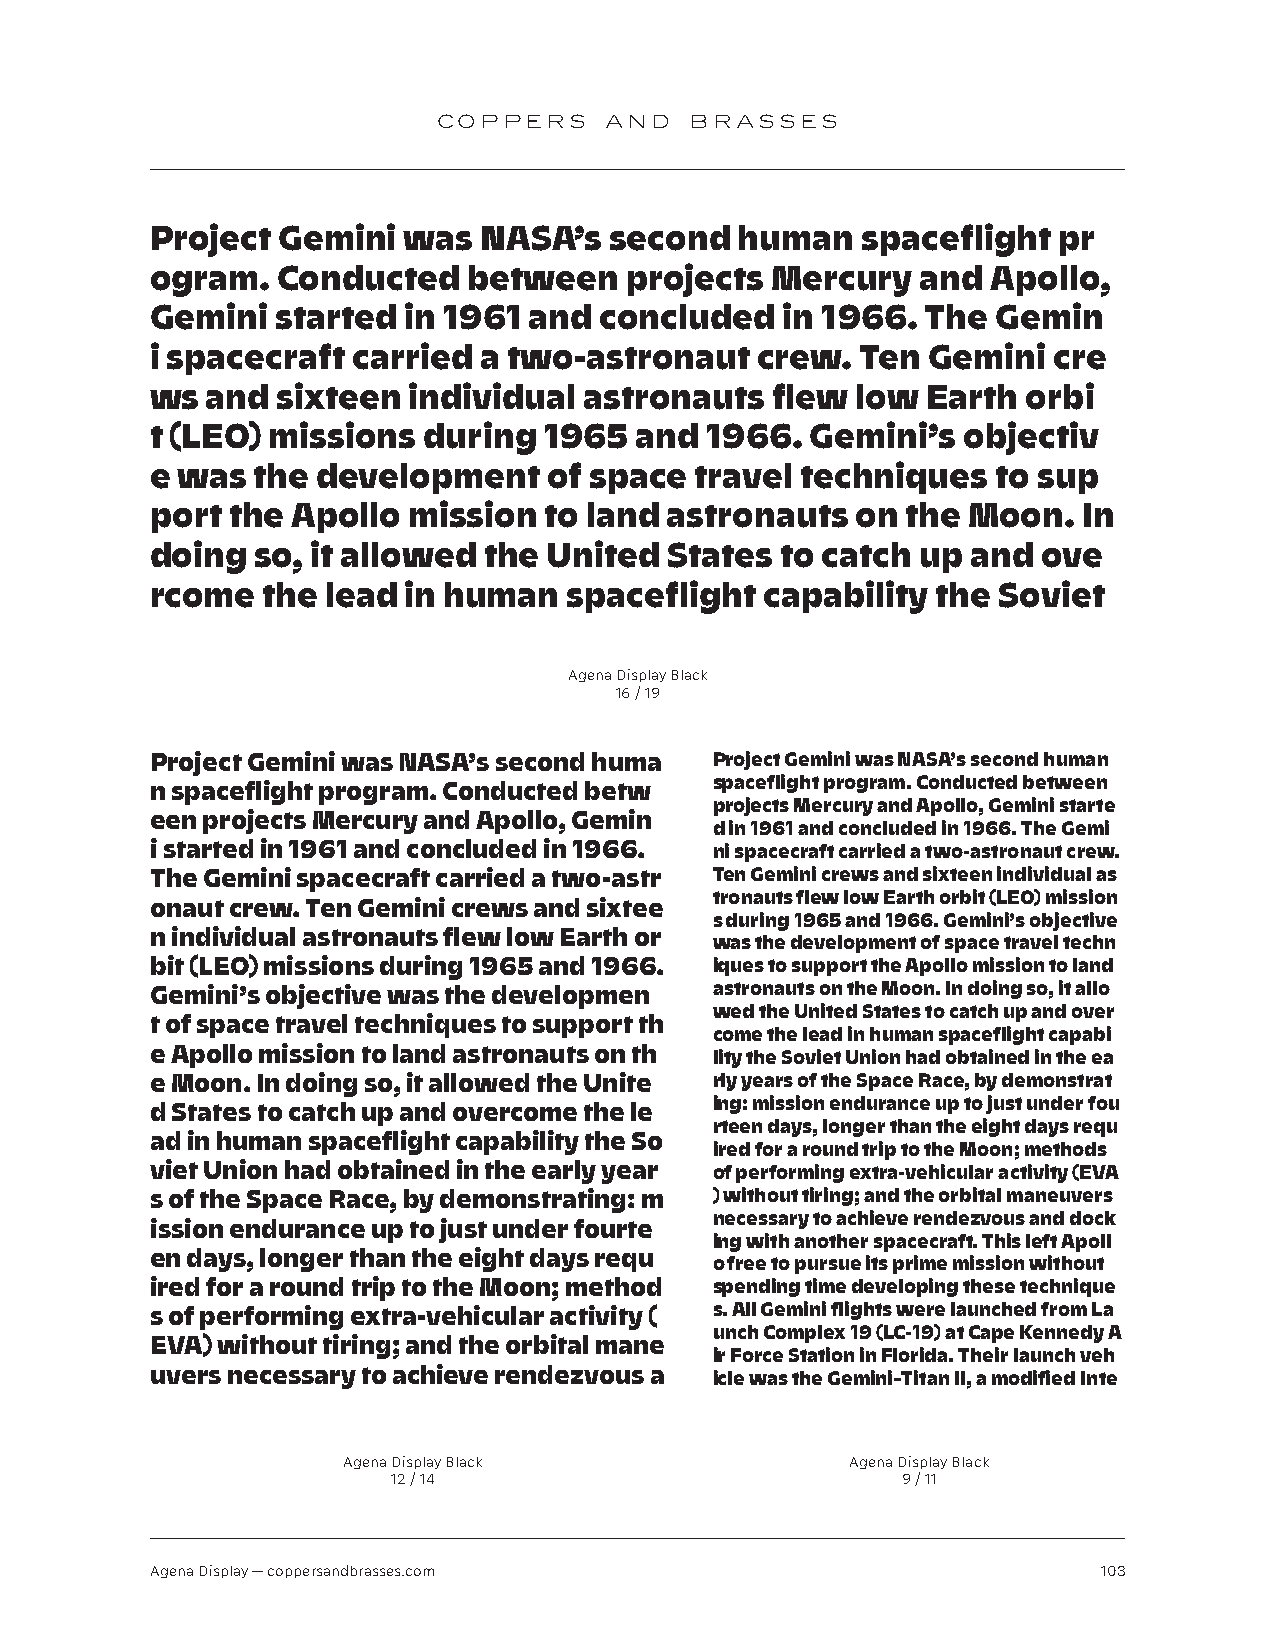
COPPERS    AND   BRASSES
 Project Gemini   was  NASA’s  second   human   spaceflight  pr
 ogram.  Conducted    between   projects  Mercury   and  Apollo,
 Gemini  started  in 1961 and  concluded   in 1966. The  Gemin
 i spacecraft carried  a two-astronaut   crew.  Ten Gemini   cre
 ws  and sixteen  individual  astronauts  flew  low Earth  orbi
 t (LEO) missions  during  1965  and  1966.  Gemini’s  objectiv
 e was  the development    of space  travel techniques   to sup
 port the Apollo  mission  to land astronauts   on the Moon.   In
 doing  so, it allowed the United  States  to catch up and  ove
 rcome  the  lead in human   spaceflight  capability the Soviet
 Agena Display Black
 16 / 19
 Project Gemini was NASA’s second huma Project Gemini was NASA’s second human
 spaceflight program. Conducted between
 n spaceflight program. Conducted betw
 projects Mercury and Apollo, Gemini starte
 een projects Mercury and Apollo, Gemin
 d in 1961 and concluded in 1966. The Gemi
 i started in 1961 and concluded in 1966. ni spacecraft carried a two-astronaut crew.
 The Gemini spacecraft carried a two-astr Ten Gemini crews and sixteen individual as
 tronauts flew low Earth orbit (LEO) mission
 onaut crew. Ten Gemini crews and sixtee
 s during 1965 and 1966. Gemini’s objective
 n individual astronauts flew low Earth or
 was the development of space travel techn
 bit (LEO) missions during 1965 and 1966. iques to support the Apollo mission to land
 Gemini’s objective was the developmen astronauts on the Moon. In doing so, it allo
 wed the United States to catch up and over
 t of space travel techniques to support th
 come the lead in human spaceflight capabi
 e Apollo mission to land astronauts on th lity the Soviet Union had obtained in the ea
 e Moon. In doing so, it allowed the Unite rly years of the Space Race, by demonstrat
 ing: mission endurance up to just under fou
 d States to catch up and overcome the le
 rteen days, longer than the eight days requ
 ad in human spaceflight capability the So
 ired for a round trip to the Moon; methods
 viet Union had obtained in the early year of performing extra-vehicular activity (EVA
 s of the Space Race, by demonstrating: m ) without tiring; and the orbital maneuvers
 necessary to achieve rendezvous and dock
 ission endurance up to just under fourte
 ing with another spacecraft. This left Apoll
 en days, longer than the eight days requ
 o free to pursue its prime mission without
 ired for a round trip to the Moon; method spending time developing these technique
 s of performing extra-vehicular activity ( s. All Gemini flights were launched from La
 unch Complex 19 (LC-19) at Cape Kennedy A
 EVA) without tiring; and the orbital mane
 ir Force Station in Florida. Their launch veh
 uvers necessary to achieve rendezvous a icle was the Gemini–Titan II, a modified Inte
 Agena Display Black              Agena Display Black
 12 / 14                           9 / 11
 Agena Display — coppersandbrasses.com                          103